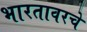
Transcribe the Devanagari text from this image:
भारतावरचे